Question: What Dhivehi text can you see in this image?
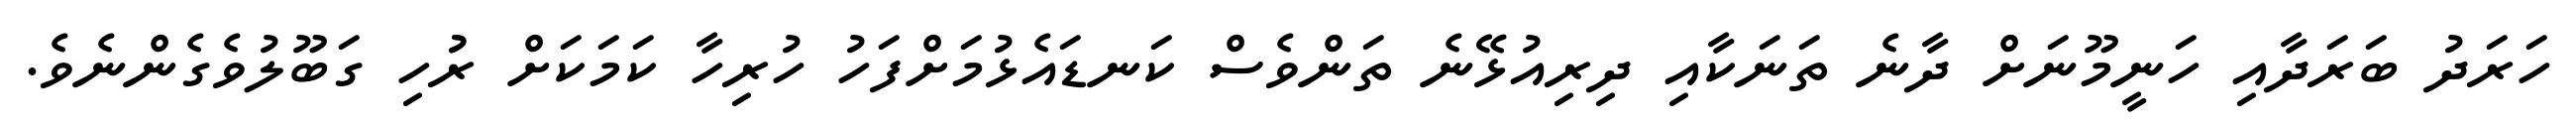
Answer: ހަރަދު ބަރަދާއި ހަނީމޫނަށް ދާނެ ތަނަކާއި ދިރިއުޅޭނެ ތަންވެސް ކަނޑައެޅުމަށްފަހު ހުރިހާ ކަމަކަށް ރުުހި ގަބޫލުވެގެންނެވެ.